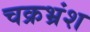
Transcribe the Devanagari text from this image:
चक्रभ्रंश